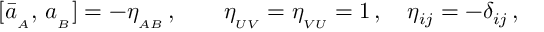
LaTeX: [ \bar { a } _ { _ A } , \, a _ { _ B } ] = - \eta _ { _ { A B } } \, , \qquad \eta _ { _ { U V } } = \eta _ { _ { V U } } = 1 \, , \quad \eta _ { i j } = - \delta _ { i j } \, ,